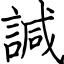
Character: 諴